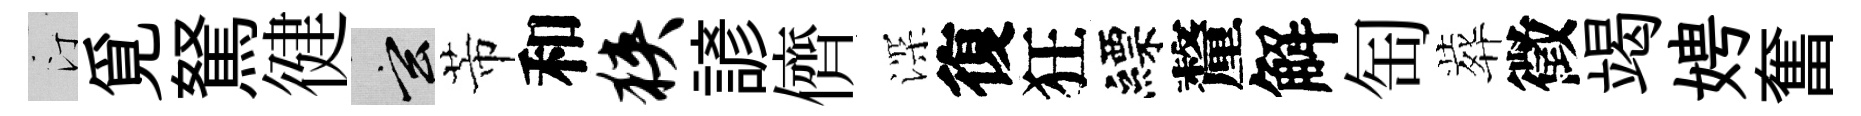
汀覓駑徤玄芾和狭諺儕深復狂縹釐解匋葬徵竭娉奮